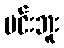
မင်းဘူး